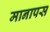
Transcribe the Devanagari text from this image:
मानापस